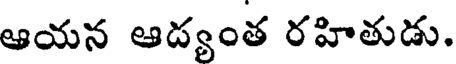
ఆయన ఆద్యంత రహితుడు.